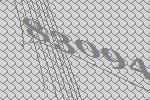
83094